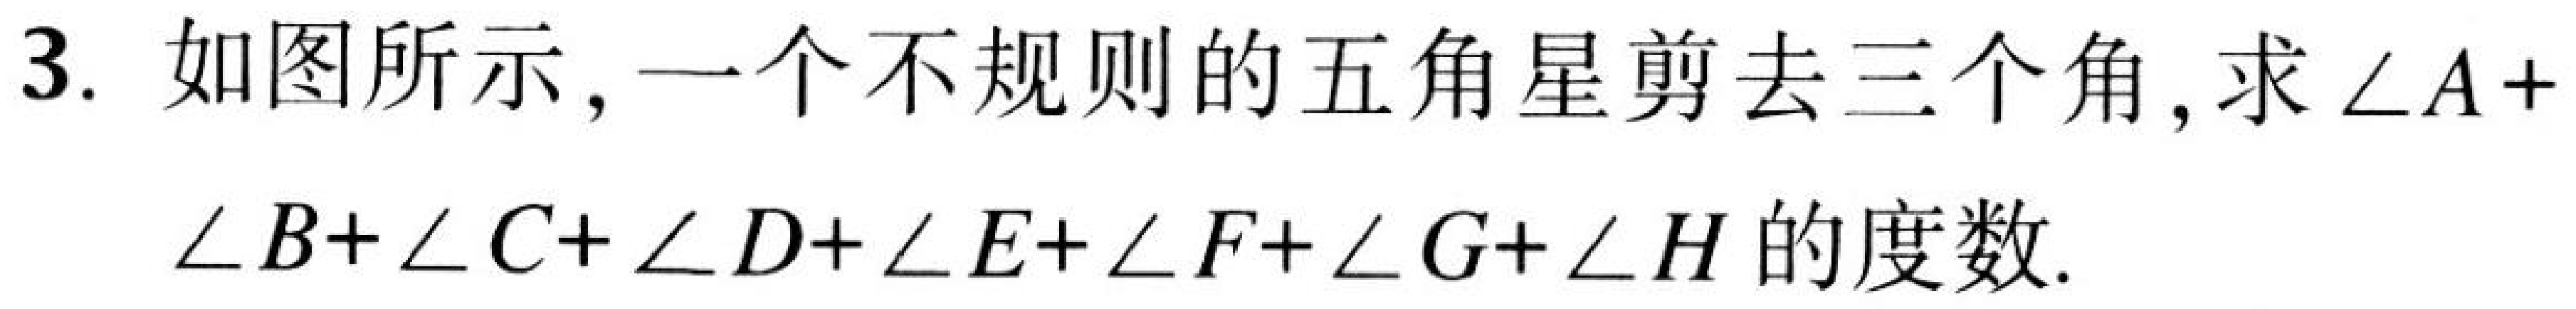
3. 如图所示，一个不规则的五角星剪去三个角，求\(\angle A+\angle B+\angle C+\angle D+\angle E+\angle F+\angle G+\angle H\)的度数.